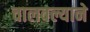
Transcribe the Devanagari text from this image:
चालवल्याने